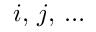
i , \, j , \, \ldots